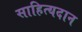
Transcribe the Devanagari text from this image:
साहित्यदान